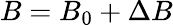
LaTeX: B=B_{0}+\Delta B